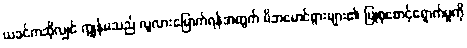
ယခင်ကဆိုလျှင် ကျွန်မသည် လူလားမြောက်ရန်အတွက် မိဘမောင်ဖွားများ၏ ပြုစုစောင့်ရှောက်မှုကို